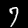
Digit: 7